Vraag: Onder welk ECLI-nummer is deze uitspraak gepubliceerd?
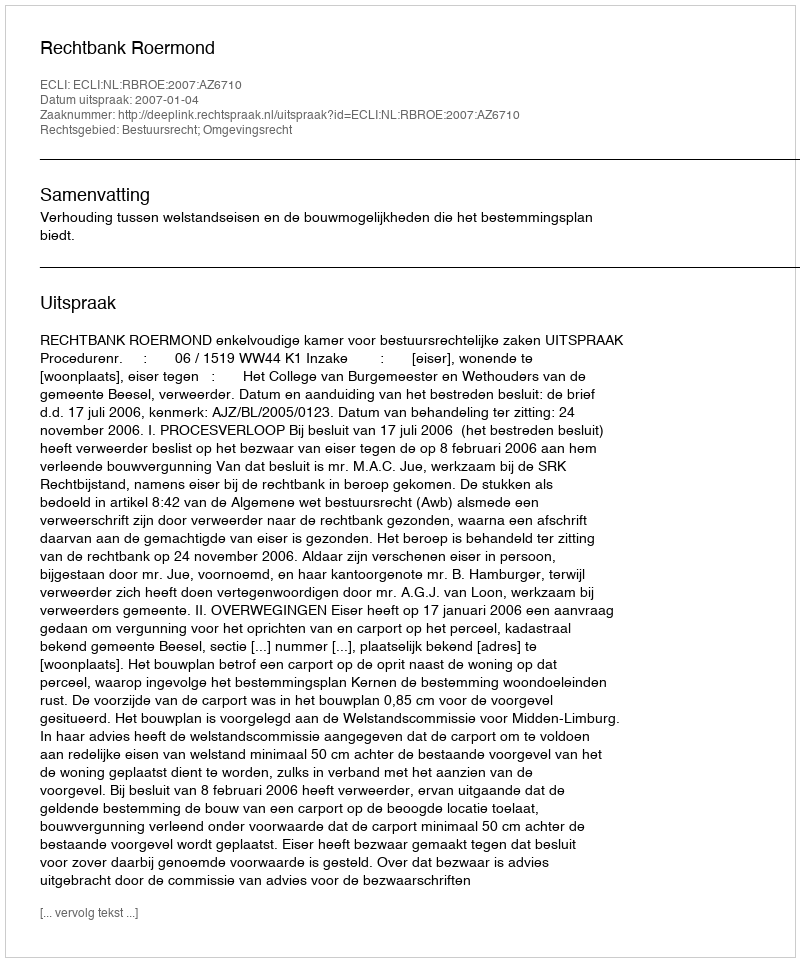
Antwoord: ECLI:NL:RBROE:2007:AZ6710